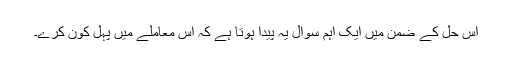
اس حل کے ضمن میں ایک اہم سوال یہ پیدا ہوتا ہے کہ اس معاملے میں پہل کون کرے۔